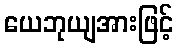
ယေဘုယျအားဖြင့်